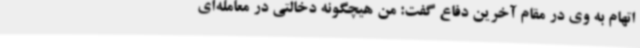
اتهام به وی در مقام آخرین دفاع گفت: من هیچگونه دخالتی در معامله‌ای